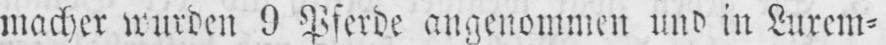
macher wurden 9 Pferde angenommen und in Luxem⸗